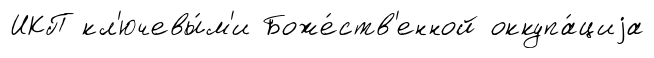
ИКП кл'ючевы́м'и Боже́ств'енной оккупа́циjа